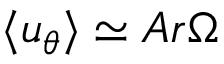
\langle u _ { \theta } \rangle \simeq A r \Omega